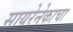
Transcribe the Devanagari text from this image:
सायरेनेकाचा